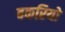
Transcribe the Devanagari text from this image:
बकरियो